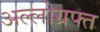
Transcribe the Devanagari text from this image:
अल्लोग्रफ्त